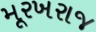
મૂરખરાજ